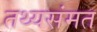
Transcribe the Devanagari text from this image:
तथ्यसंमत